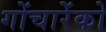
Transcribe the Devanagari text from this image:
गोंचारेंको